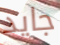
جايد